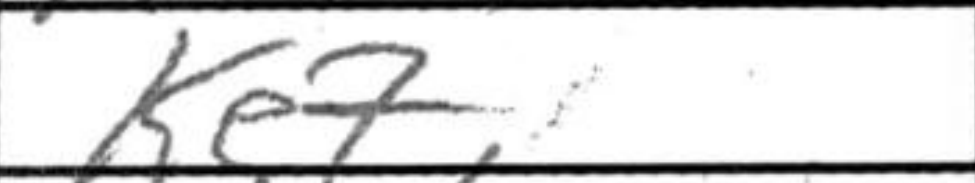
Transcription: Ke7